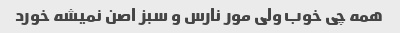
همه چی خوب ولی مور نارس و سبز اصن نمیشه خورد